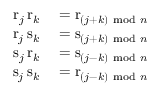
\begin{array} { r l } { \mathrm { r } _ { j } \, \mathrm { r } _ { k } } & { { } = \mathrm { r } _ { ( j + k ) { \mathrm { ~ m o d ~ } } n } } \\ { \mathrm { r } _ { j } \, \mathrm { s } _ { k } } & { { } = \mathrm { s } _ { ( j + k ) { \mathrm { ~ m o d ~ } } n } } \\ { \mathrm { s } _ { j } \, \mathrm { r } _ { k } } & { { } = \mathrm { s } _ { ( j - k ) { \mathrm { ~ m o d ~ } } n } } \\ { \mathrm { s } _ { j } \, \mathrm { s } _ { k } } & { { } = \mathrm { r } _ { ( j - k ) { \mathrm { ~ m o d ~ } } n } } \end{array}